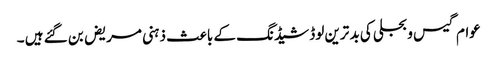
عوام گیس و بجلی کی بد ترین لوڈ شیڈنگ کے باعث ذہنی مریض بن گئے ہیں ۔